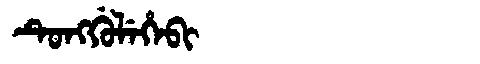
Manchu: ᡨᡠᠩᡤᡠᠯᡝᡥᡝᠪᡳ
Romanization: TUNGGULEHEBI